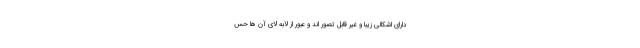
دارای اشکالی زیبا و غیر قابل تصور اند و عبور از لابه لای آن ها حس